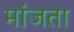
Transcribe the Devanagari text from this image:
मांजता